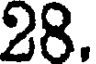
28.